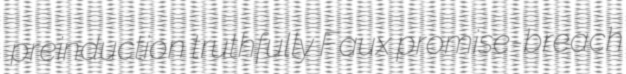
preinduction truthfully Faux promise-breach